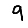
Digit: 9